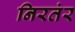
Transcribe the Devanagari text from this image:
निरतंर